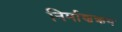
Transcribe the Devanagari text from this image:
निर्माणक्रम